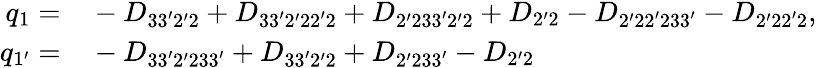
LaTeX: \begin{array}{rl}{{q_{1}}=}&{{}-{D_{33^{\prime}2^{\prime}2}}+{D_{33^{\prime}2^{\prime}22^{\prime}2}}+{D_{2^{\prime}233^{\prime}2^{\prime}2}}+{D_{2^{\prime}2}}-{D_{2^{\prime}22^{\prime}233^{\prime}}}-{D_{2^{\prime}22^{\prime}2}},}\\ {{q_{1^{\prime}}}=}&{{}-{D_{33^{\prime}2^{\prime}233^{\prime}}}+{D_{33^{\prime}2^{\prime}2}}+{D_{2^{\prime}233^{\prime}}}-{D_{2^{\prime}2}}}\end{array}